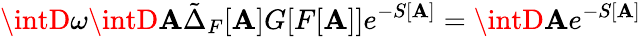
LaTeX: \intD\omega\intD\mathbf{A}\tilde{{\Delta}}_{F}[\mathbf{A}]G[F[\mathbf{A}]]e^{-S[\mathbf{A}]}=\intD\mathbf{A}e^{-S[\mathbf{A}]}